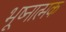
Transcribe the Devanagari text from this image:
भूष्नात्मक